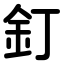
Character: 釘